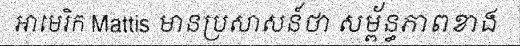
អាមេរិក Mattis មានប្រសាសន៍ថា សម្ព័ន្ធភាពខាង